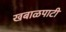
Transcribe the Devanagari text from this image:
खबाळपाटी